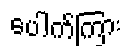
ပေါက်ကြား